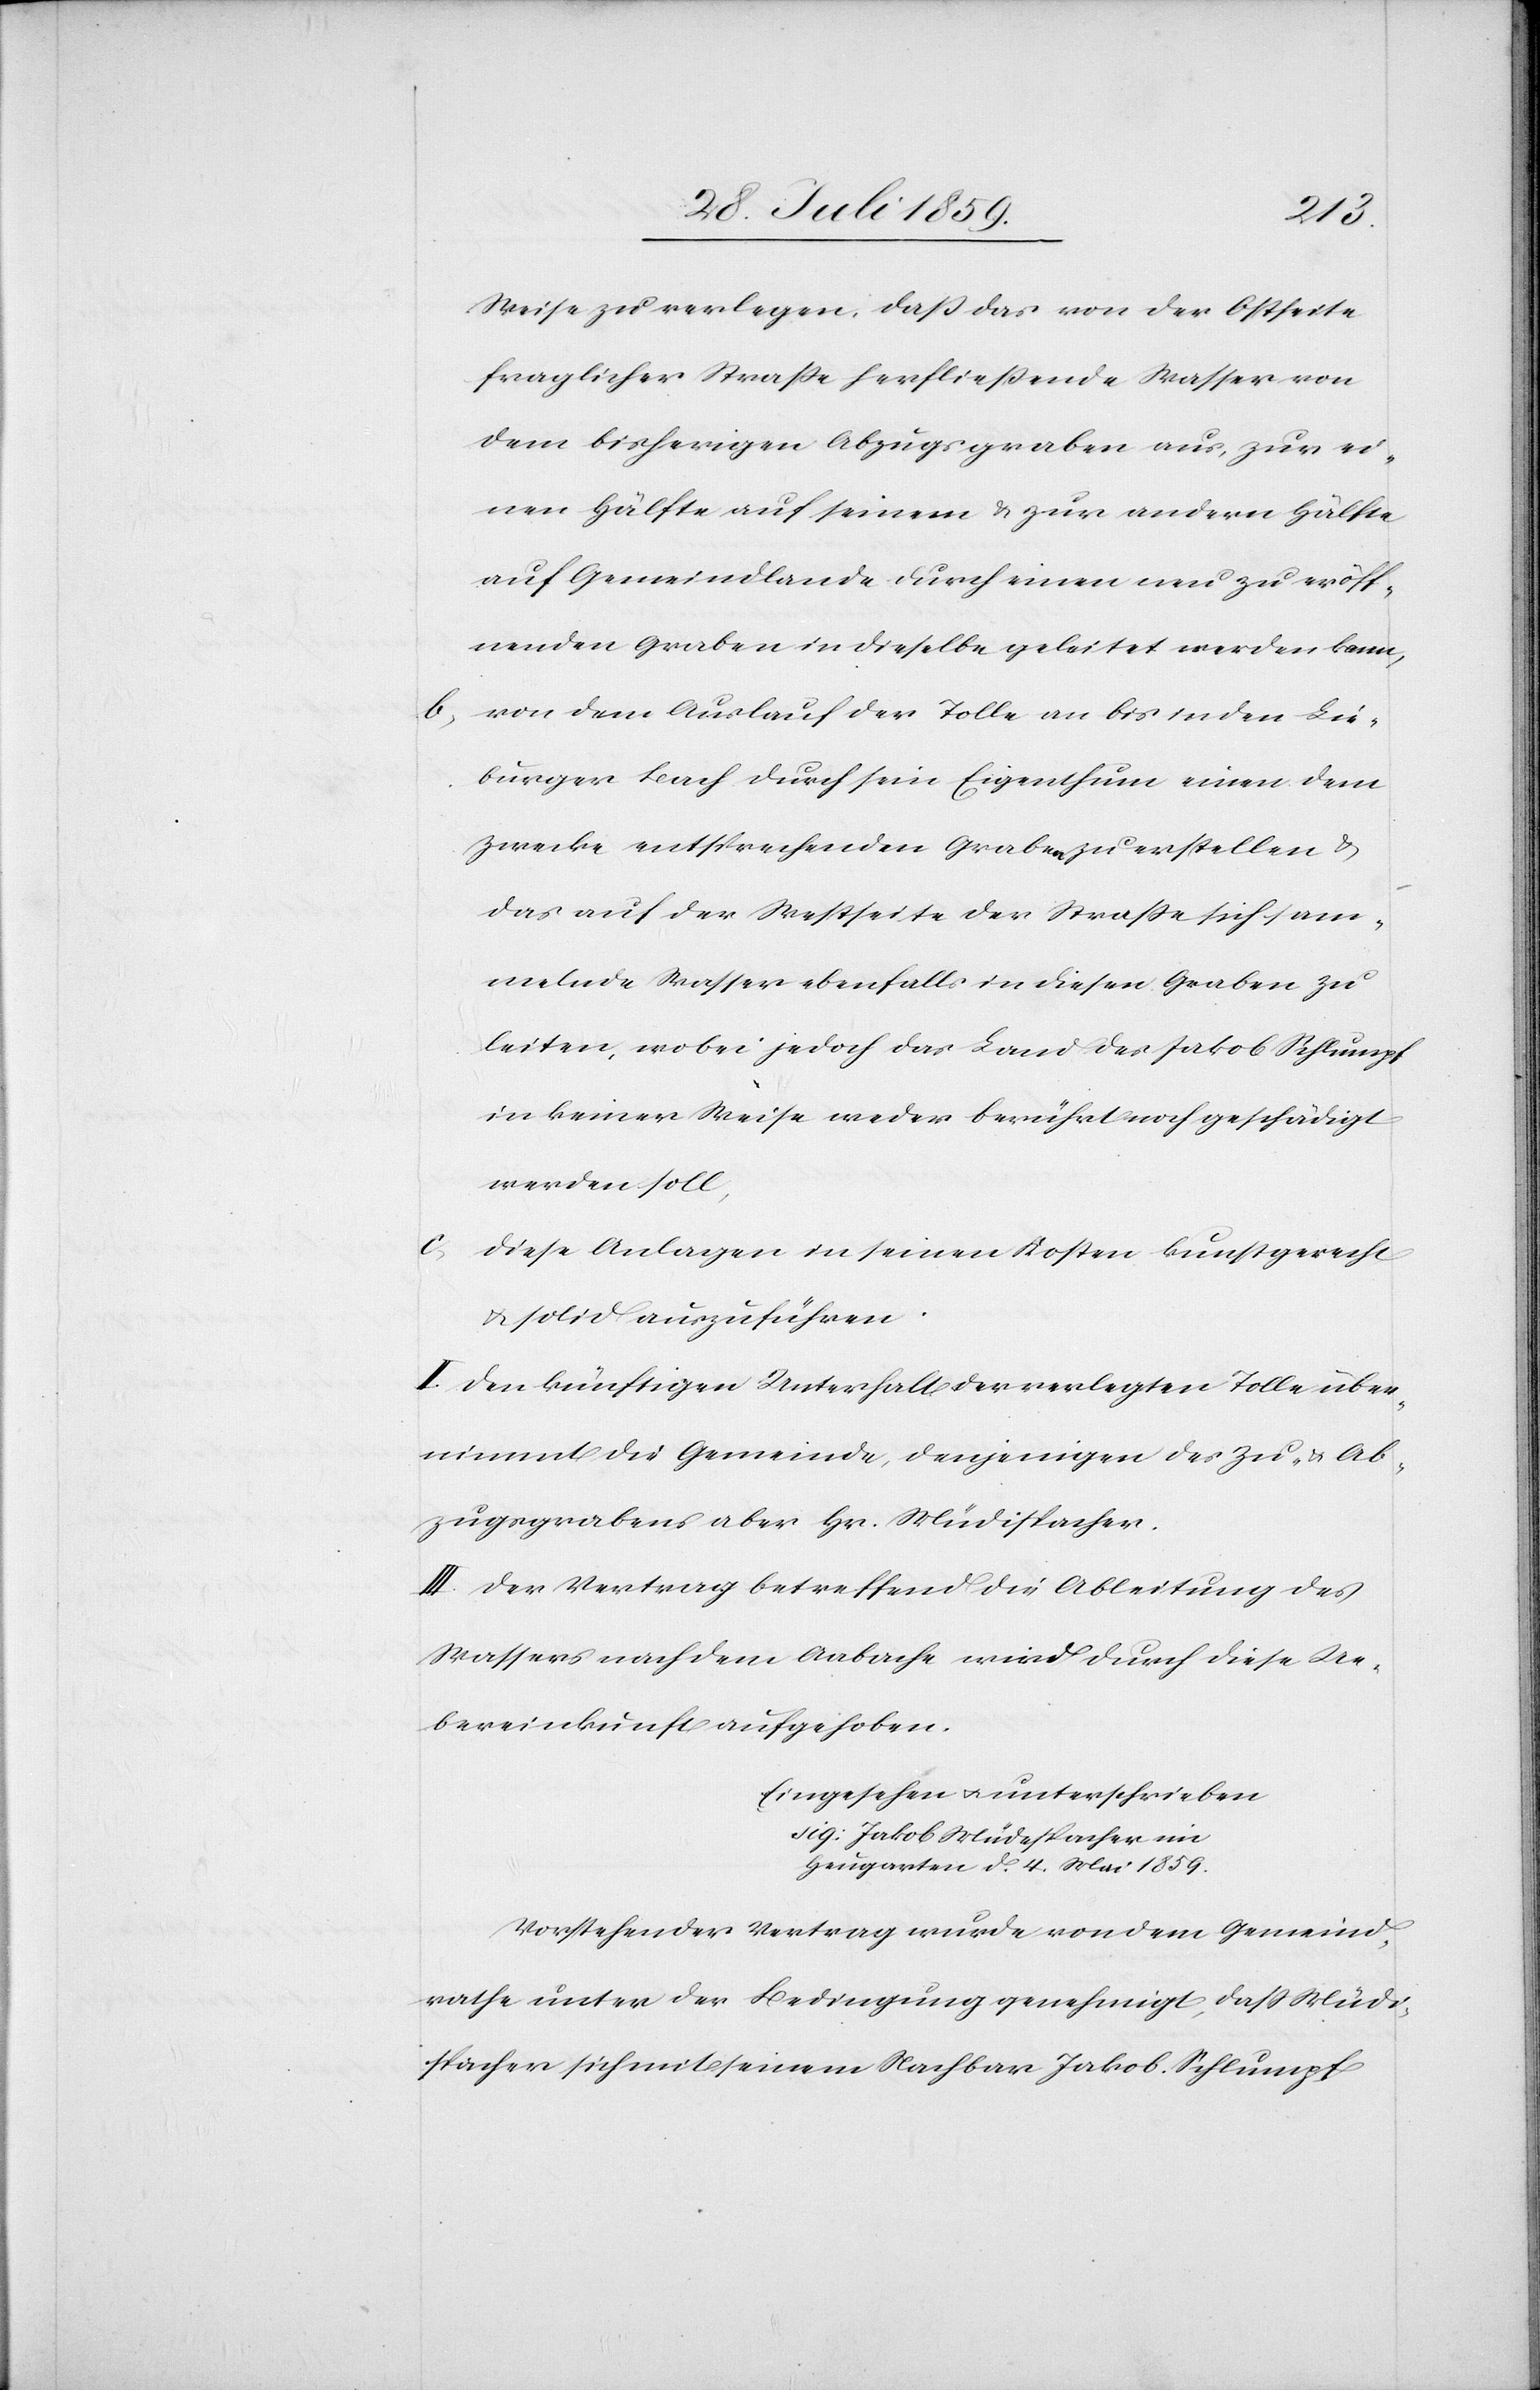
Weise zu verlegen, daß das von der Ostseite
fraglicher Straße herfließende Wasser von
dem bisherigen Abzugsgraben aus, zur ei¬
nen Hälfte auf seinem u. zur andern Hälfte
auf Gemeindlande durch einen neu zu eröff¬
nenden Graben in dieselbe geleitet werden kann,
von dem Auslauf der Tolle an bis in den Lie¬
burger Bach durch sein Eigenthum einen dem
Zwecke entsprechenden Graben zu erstellen u.
das auf der Westseite der Straße sich sam¬
melnde Wasser ebenfalls in diesen Graben zu
leiten, wobei jedoch das Land das Jakob Schlumpf
in keiner Weise weder berührt noch geschädigt
werden soll,
c.
Diese Anlagen in seinen Kosten kunstgerecht
u. solid auszuführen.
II. Den künftigen Unterhalt der verlegten Tolle über¬
nimmt die Gemeinde, denjenigen des Zu- u. Ab¬
zugsgrabens aber Hr. Müdispacher.
III. Der Vertrag betreffend die Ableitung des
Wassers nach dem Aabache wird durch diese Ue¬
bereinkunft aufgehoben.
Eingesehen u. unterschrieben
sig. Jakob Müdespacher
Heugarten d[en] 4. Mai 1859.
Vorstehender Vertrag wurde von dem Gemeind¬
rathe unter der Bedingung genehmigt, daß Müdi¬
spacher sich mit seinem Nachbar Jakob Schlumpf